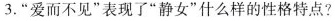
3.”爱而不见”表现了”静女”什么样的性格特点?